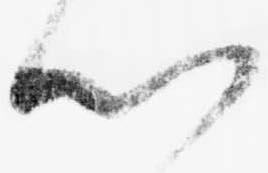
以